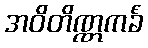
အဝိတိဏ္ဏကင်္ခံ